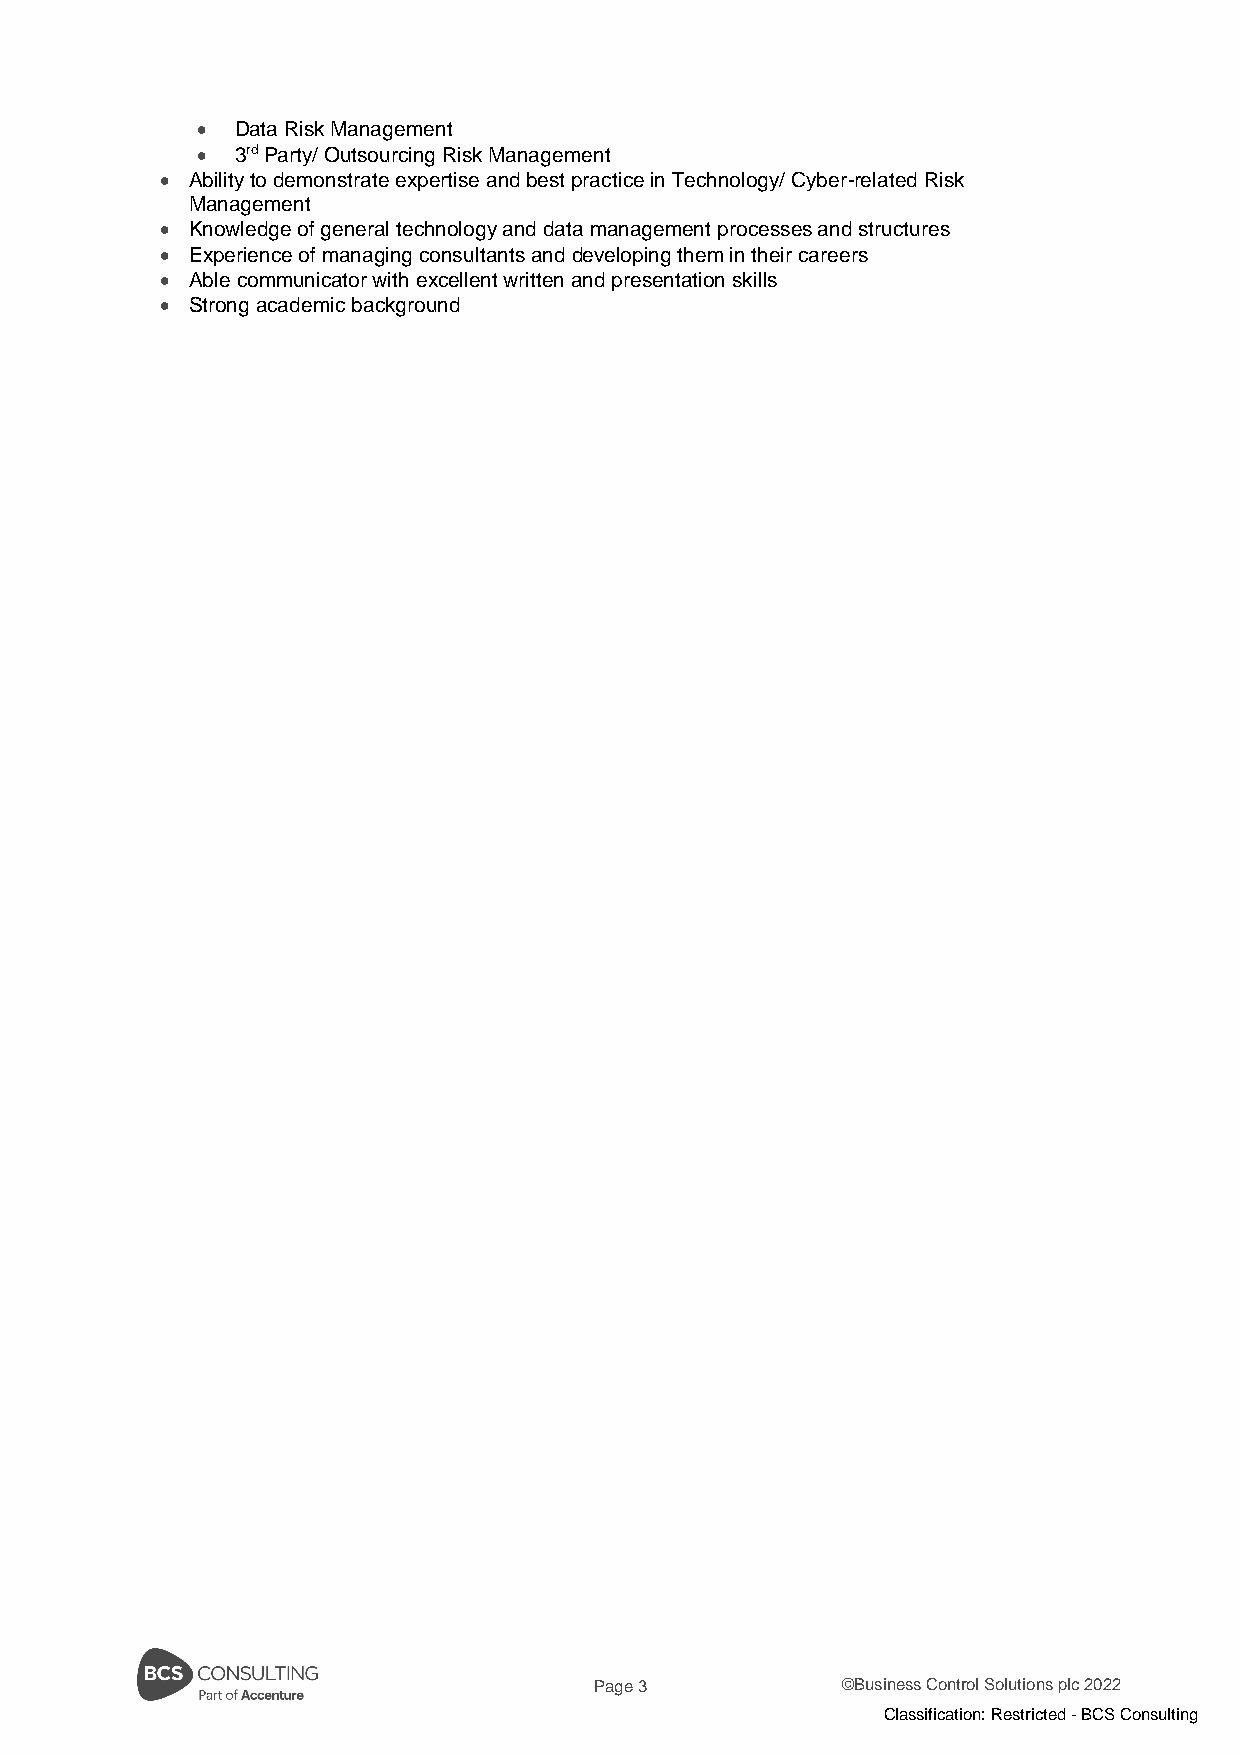
•  Data Risk Management
 •  3rd Party/ Outsourcing Risk Management
 • Ability to demonstrate expertise and best practice in Technology/ Cyber-related Risk
 Management
 • Knowledge of general technology and data management processes and structures
 • Experience of managing consultants and developing them in their careers
 • Able communicator with excellent written and presentation skills
 • Strong academic background
 Page 3           ©Business Control Solutions plc 2022
 Classification: Restricted - BCS Consulting